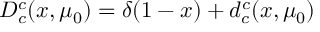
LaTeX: D _ { c } ^ { c } ( x , \mu _ { 0 } ) = \delta ( 1 - x ) + d _ { c } ^ { c } ( x , \mu _ { 0 } )